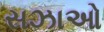
સઝાઓ